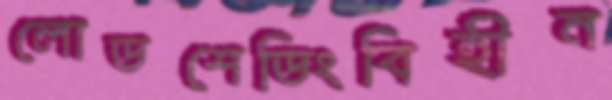
লোডশেডিংবিহীন